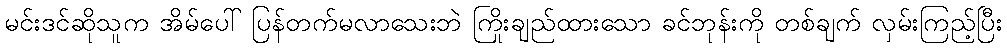
မင်းဒင်ဆိုသူက အိမ်ပေါ် ပြန်တက်မလာသေးဘဲ ကြိုးချည်ထားသော ခင်ဘုန်းကို တစ်ချက် လှမ်းကြည့်ပြီး